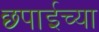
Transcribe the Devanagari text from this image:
छ्पाईच्या